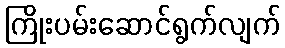
ကြိုးပမ်းဆောင်ရွက်လျက်